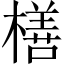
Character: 橏